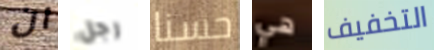
ان رجل حسنا هي التخفيف